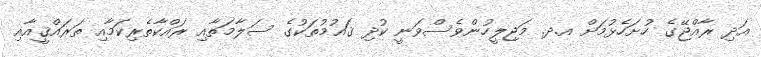
އަދި ރާއްޖޭގެ ހުށަހެޅުމަށް އ.ދ. މަޖިލީހުންވެސްވަނީ ކުދި ޤައުމުތަކުގެ ސަލާމަތާއި ރައްކާތެރިކަމާއި ތަރައްޤީއާއި